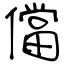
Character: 儅